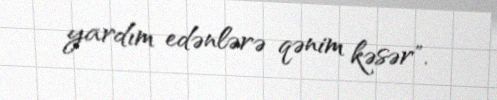
yardım edənlərə qənim kəsər".